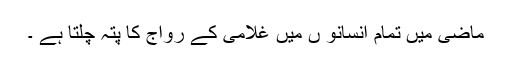
ماضی میں تمام انسانو ں میں غلامی کے رواج کا پتہ چلتا ہے ۔